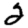
Digit: 2